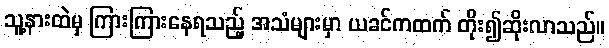
သူ့နားထဲမှ ကြားကြားနေရသည့် အသံများမှာ ယခင်ကထက် တိုး၍ဆိုးလာသည်။